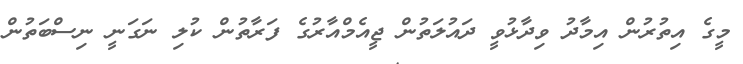
މީގެ އިތުރުން އިމާދު ވިދާޅުވީ ދައުލަތުން ޖީއެމްއާރުގެ ފަރާތުން ކުލި ނަގަނީ ނިސްބަތުން